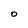
Character: D